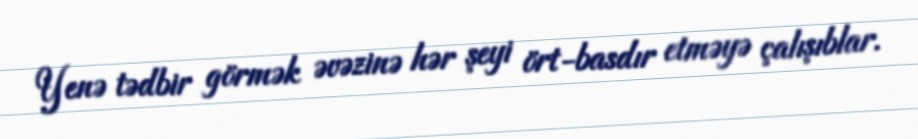
Yenə tədbir görmək əvəzinə hər şeyi ört-basdır etməyə çalışıblar.